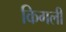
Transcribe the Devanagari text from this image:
किगली